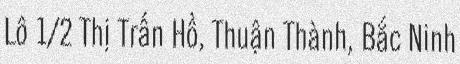
Lô 1/2 Thị Trấn Hồ, Thuận Thành, Bắc Ninh